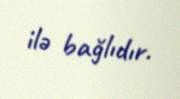
ilə bağlıdır.